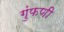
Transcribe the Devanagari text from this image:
गुंफणी